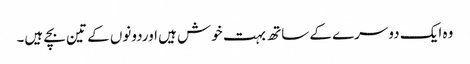
وہ ایک دوسرے کے ساتھ بہت خوش ہیں اوردونوں کے تین بچے ہیں۔